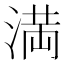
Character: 満